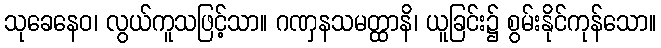
သုခေနေဝ၊ လွယ်ကူသဖြင့်သာ။ ဂဏှနသမတ္ထာနိ၊ ယူခြင်း၌ စွမ်းနိုင်ကုန်သော။